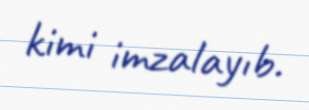
kimi imzalayıb.